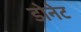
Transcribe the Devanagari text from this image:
डोनेट